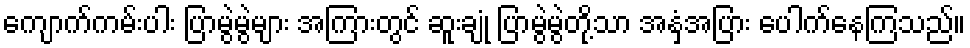
ကျောက်ကမ်းပါး ပြာမွဲမွဲများ အကြားတွင် ဆူးချုံ ပြာမွဲမွဲတို့သာ အနှံ့အပြား ပေါက်နေကြသည်။